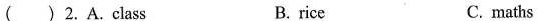
( )2.A.class B. rice C. maths